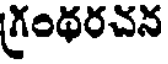
గ్రంథరచన